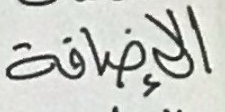
الإضافة